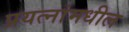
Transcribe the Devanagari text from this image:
प्रयत्‍नांमधील